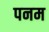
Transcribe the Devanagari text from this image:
पनम